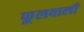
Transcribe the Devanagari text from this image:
फूलवाली